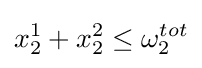
x_{2}^{1}+x_{2}^{2}\leq \omega _{2}^{tot}